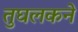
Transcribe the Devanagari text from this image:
तुघलकने